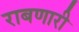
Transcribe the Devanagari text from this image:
राबणारी